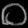
Digit: ၀